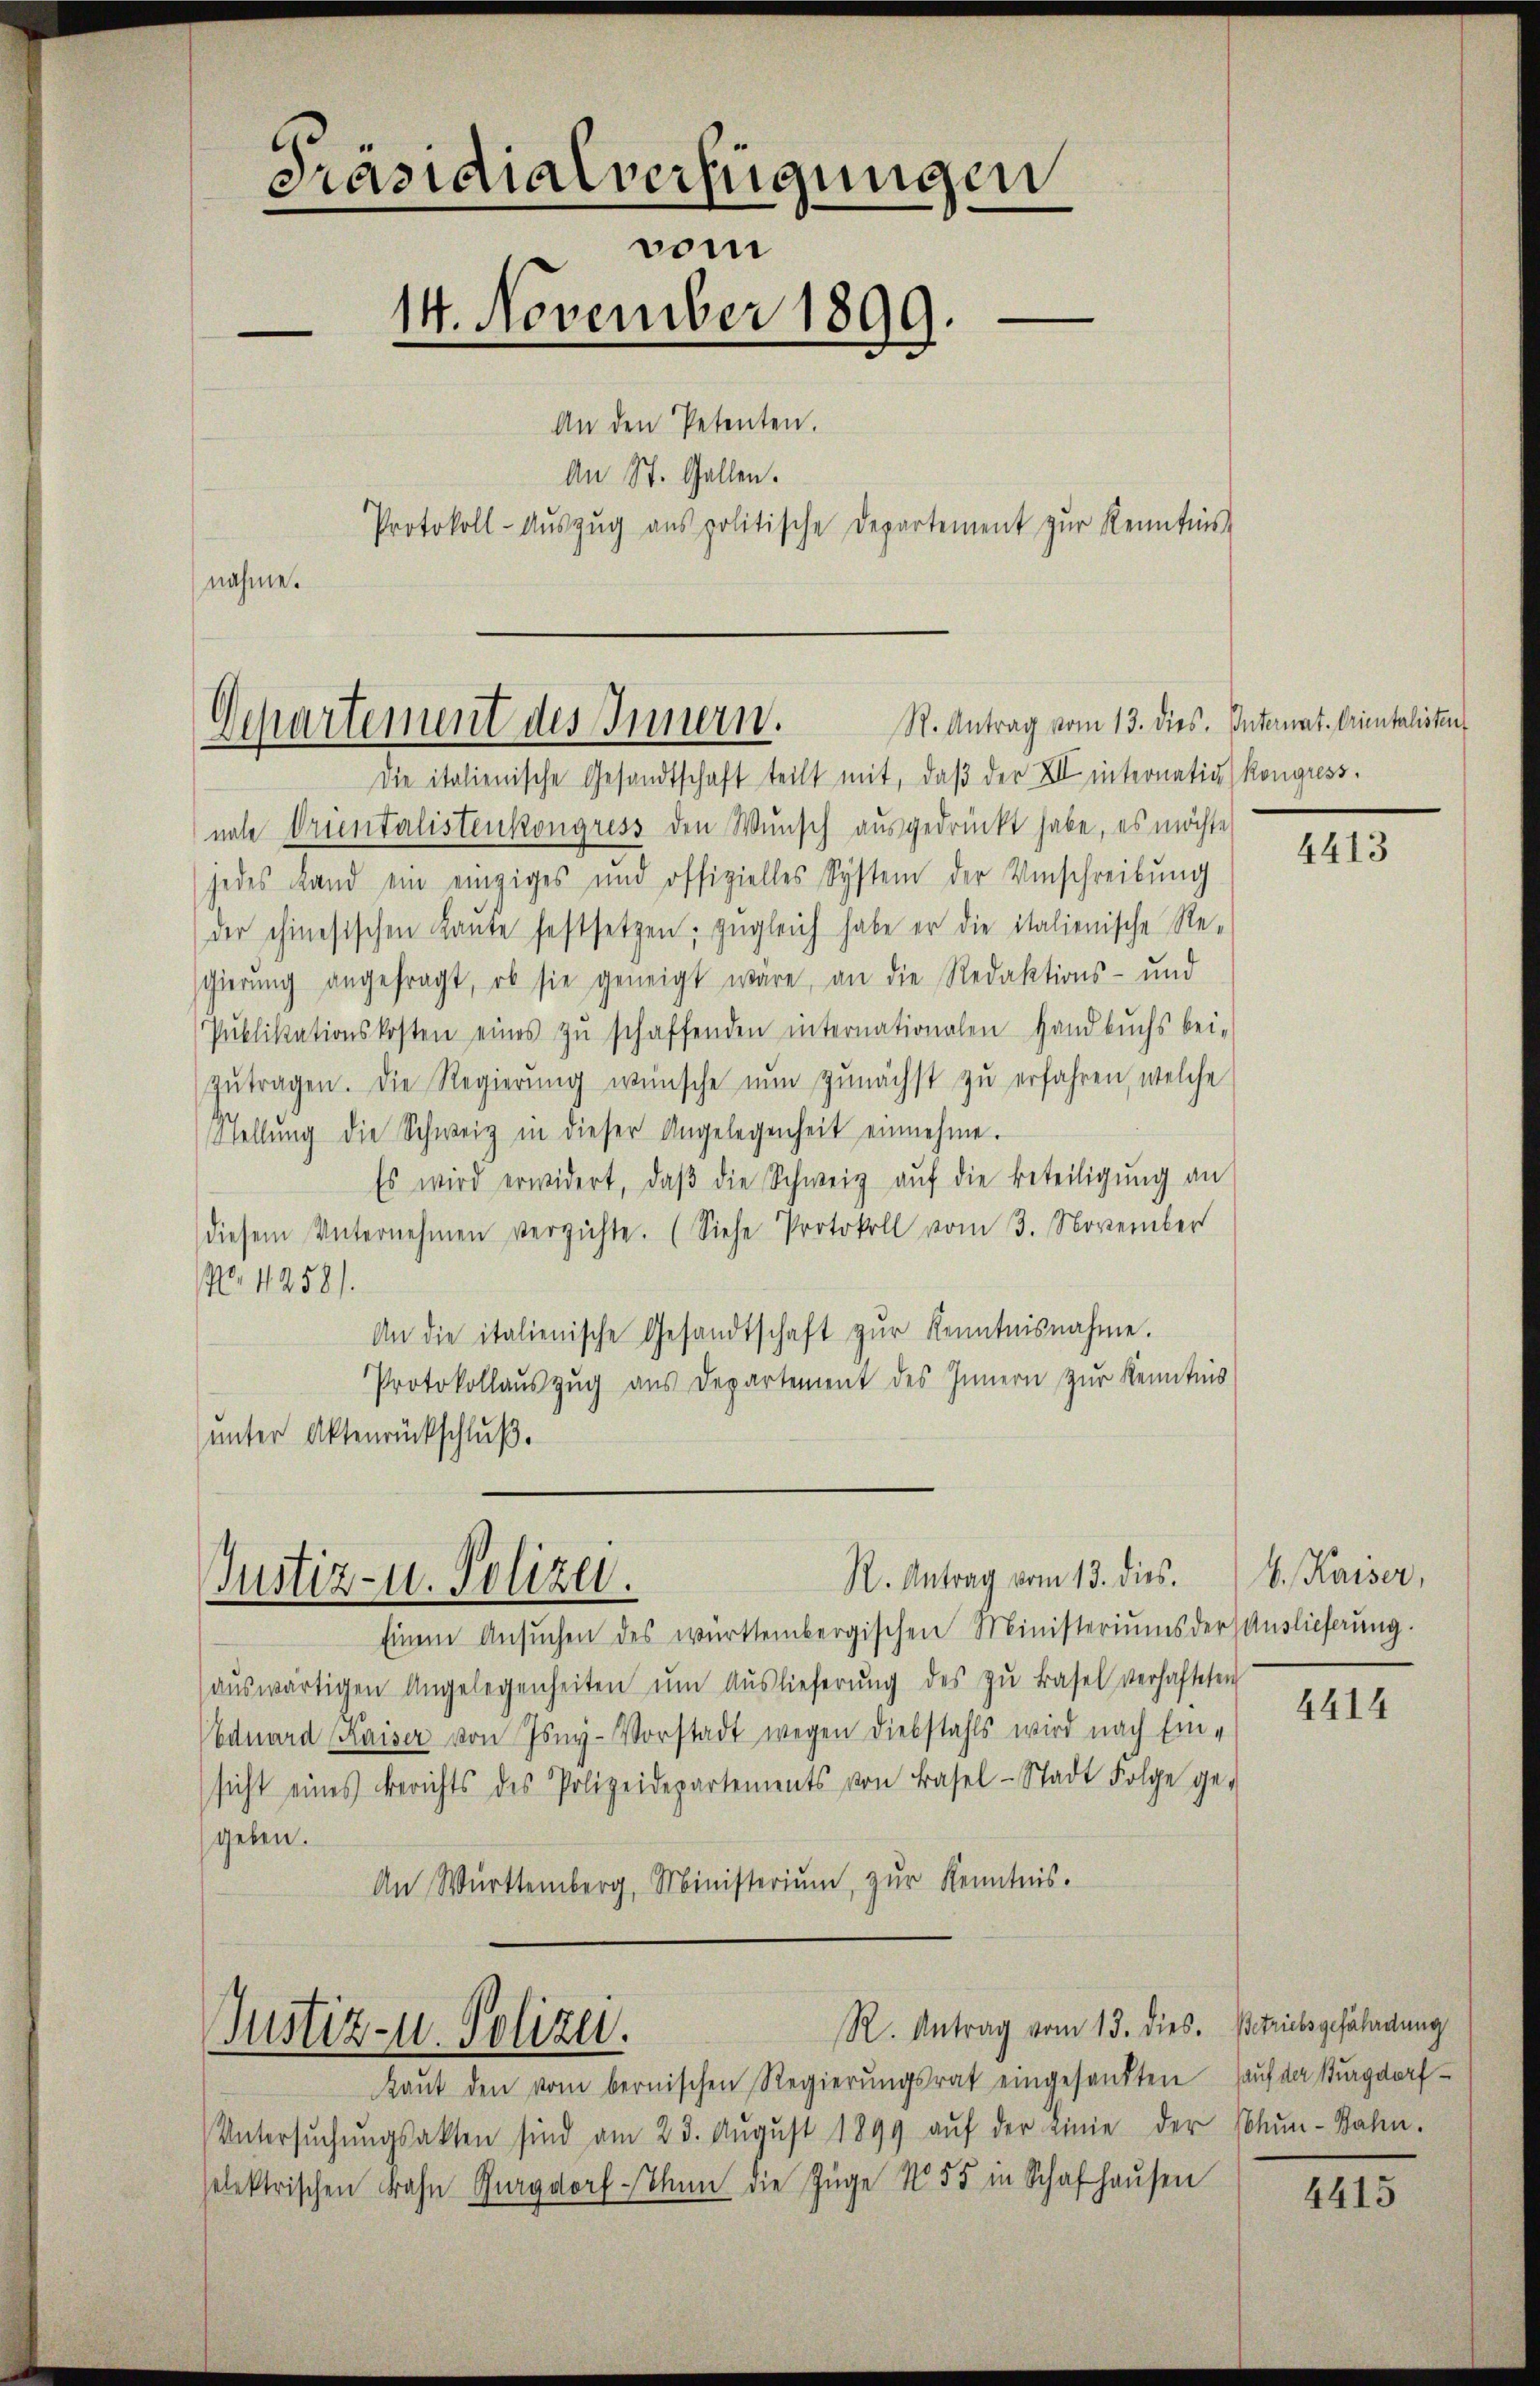
Präsidialverfügungen
vom
e
14. November 1899.
—
An den Petenten.
An St. Gallen.
Protokoll-Aŭszŭg aŭs politische Departement zŭr Kenntnis
nahme.

Departement des Innern.

R. Antrag vom 13. dies.
Justiz- u. Polizei.

Die italienische Gesandtschaft teilt mit, daβ der XII internativ Kongress
nate Orientalistenkongress den Wunsch ausgedrückt habe, es möchte
jedes Land ein einziges und offizielles System der Umschreibŭng
der chinesischen Laŭte festsetzen, zugleich habe er die italienische Re-
gierŭng angefragt, ob sie geneigt wäre, an die Redaktions- und
Pŭblikationskosten eines zŭ schaffenden internationalen Handbuchs bei-
zŭtragen. Die Regierŭng wünsche nŭn zŭnächst zŭ erfahren, welche
Stellŭng die Schweiz in dieser Angelegenheit einnehme.
Es wird erwidert, daβ die Schweiz aŭf die Beteiligŭng an
diesem Unternehmen verzichte. (Siehe Protokoll vom 3. November
No. 1258).
An die italienische Gesandtschaft zŭr Kenntnisnahme.
Protokollauszug aus Departement des Innern zur Kenntnis
unter Aktenrückschluß.

R. Antrag vom 13. dies.
Justiz- u. Polizei.

St. Antrag vom 13. dies. Internat. Orientalisten

Kaŭt den vom bernischen Regierŭngsrat eingesandten
Untersŭchŭngsakten sind am 23. Aŭgŭst 1899 aŭf der Linie der Schŭn-Bahn.
selektrischen Fahn Burgdorf-Thun die Züge No. 55 in Schafhaŭsen

Einem Ansŭchen des württembergischen Ministeriums der Auslieferung.
aŭswärtigen Angelegenheiten ŭm Aŭslieferŭng des zŭ Basel verhafteten
Eduard Kaiser von Isey-Vorstadt wegen Diebstahls wird nach Ein-
sicht eines Berichts des Polizeidepartements von Basel-Stadt Folge ge-
geben.
An Württemberg, Ministeriŭm, zŭr Kenntnis.

4413

b. Kaiser,

4414

Betriebsgefährdung
auf der Burgdorf

4415